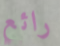
رائع